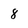
Character: 8